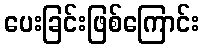
ပေးခြင်းဖြစ်ကြောင်း